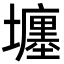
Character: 㙻